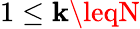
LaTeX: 1\leq\mathbf{k}\leqN